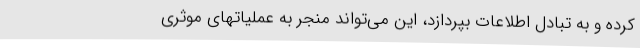
کرده و به تبادل اطلاعات بپردازد، این می‌تواند منجر به عملیاتهای موثری